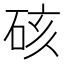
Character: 硋